Vaccination in Bombay 1869-1873 - 1869-1873
Year: 1869
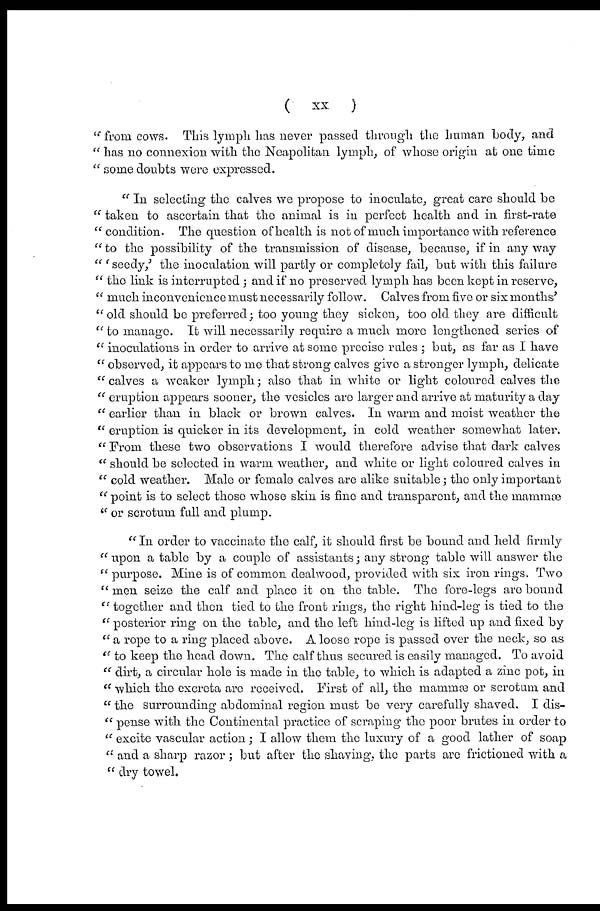
(
xx
)
" from cows. This lymph has never passed through the human body, and
" has no connexion with the Neapolitan lymph, of whose origin at one time
" some doubts were expressed.
" In selecting the calves we propose to inoculate, great care should be
" taken to ascertain that the animal is in perfect health and in first-rate
" condition. The question of health is not of much importance with reference
" to the possibility of the transmission of disease, because, if in any way
" ' seedy,' the inoculation will partly or completely fail, but with this failure
" the link is interrupted ; and if no preserved, lymph has been kept in reserve,
" much inconvenience must necessarily follow. Calves from five or six months'
"old should be preferred; too young they sicken, too old they are difficult
" to manage It will necessarily require a much more lengthened series of
" inoculations in order to arrive at some precise rules ; but, as far as I have
" observed, it appears to me that strong calves give a stronger lymph, delicate
" calves a weaker lymph; also that in white or light coloured calves the
'' eruption appears sooner, the vesicles are larger and arrive at maturity a day
" earlier than in black or brown calves. In warm and moist weather the
" eruption is quicker in its development, in cold weather somewhat later.
" From these two observations I would therefore advise that dark calves
" should be selected in warm weather, and white or light coloured calves in
" cold weather. Male or female calves are alike suitable; the only important
" point is to select those whose skin is fine and transparent, and the mammæ
" or scrotum full and plump.
" In order to vaccinate the calf, it should first be bound and held firmly
" upon a table by a couple of assistants; any strong table will answer the
" purpose. Mine is of common dealwood, provided with six iron rings. Two
" men seize the calf and place it on the table. The fore-legs are bound
" together and then tied to the front rings, the right hind-leg is tied to the
" posterior ring on the table, and the left hind-leg is lifted up and fixed by
" a rope to a ring placed above. A loose rope is passed over the neck, so as
" to keep the head down. The calf thus secured is easily managed. To avoid
" dirt, a circular hole is made in the table, to which is adapted a zinc pot, in
" which the excreta are received. First of all, the mammæ or scrotum and
" the surrounding abdominal region must be very carefully shaved. I dis-
" pense with the Continental practice of scraping the poor brutes in order to
" excite vascular action; I allow them the luxury of a good lather of soap
" and a sharp razor; but after the shaving, the parts are frictioned with a
" dry towel.